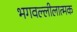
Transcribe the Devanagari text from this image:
भगवल्लीलात्मक